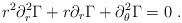
\begin{align*}r^2 \partial^2_r \Gamma+r \partial_r \Gamma+ \partial^2_\theta \Gamma = 0\ . \end{align*}